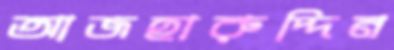
আজহারুদ্দিন